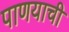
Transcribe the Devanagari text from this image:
पाणयाची